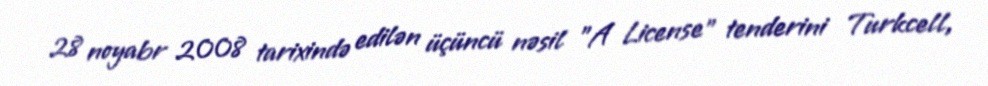
28 noyabr 2008 tarixində edilən üçüncü nəsil "A License" tenderini Turkcell,